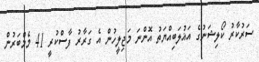
ސަރުކާރު ކޯލިޝަނުގެ އަޣުލަބިއްޔަތު އޮންނަ މަޖިލީހުން އެ ގަރާރު ފާސްކުރީ 41 މެމްބަރުން